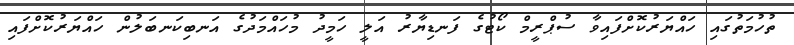
ތުހުމަތުގައި ހައްޔަރުކޮށްފައިވާ ސުޕްރީމް ކޯޓުގެ ފަނޑިޔާރު އަލީ ހަމީދު މުހައްމަދުގެ އަނބިކަނބަލުން ހައްޔަރުކޮށްފައި